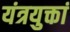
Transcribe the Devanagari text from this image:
यंत्रयुक्तां